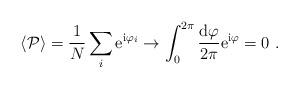
LaTeX: \begin{align*}\langle {\cal P} \rangle = \frac{1}{N}\sum_i {\rm e}^{{\rm i}\varphi_i}\to \int_0^{2\pi} \frac{{\rm d}\varphi}{2\pi} {\rm e}^{{\rm i}\varphi}= 0\ .\end{align*}